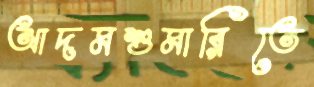
আদমশুমারিতে